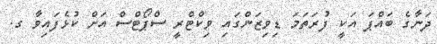
ދަނާގެ ބައްޕަ އަކީ ފުރަތަމަ ޑިވިޒަންގައި ވިކްޓްރީ ސްޕޯޓްސް އަށް ކުޅެފައިވާ ގ.